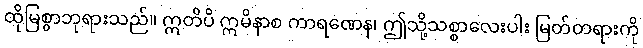
ထိုမြစွာဘုရားသည်။ ဣတိပိ ဣမိနာစ ကာရဏေန၊ ဤသို့သစ္စာလေးပါး မြတ်တရားကို